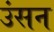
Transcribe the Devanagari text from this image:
उंसन